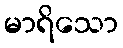
မာရိသော